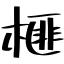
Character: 榧